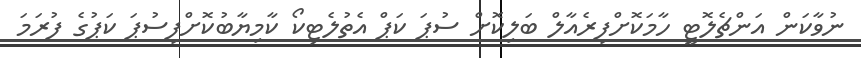
ނުވާކަން އަންޗެލޮޓީ ހާމަކޮށްފިރެއާލް ބަލިކޮށް ސުޕަ ކަޕް އެތުލެޓިކޯ ކާމިޔާބުކޮށްފިސުޕަ ކަޕުގެ ފުރަމަ